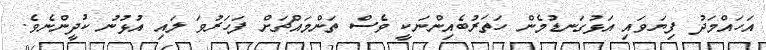
އަހައްމަދު ފިޔަވައި އަޅުގަނޑުމެން ހަތަރުބެއިންނަކީ ވެސް ތަންމައްޗަށް ފަހަރުވަ ލައި އުޅުނު ކުދީންނެވެ.